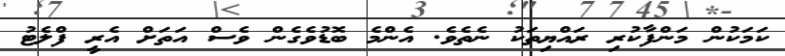
ކަމަކުން މަންފާކުރި ރައްޔިތަކު ނެތެވެ. އެންމެ ބޮޑުވެގެން ވެސް އަތަށް އެރީ ފްލެޓު